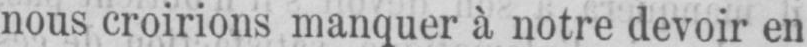
nous croirions manquer à notre devoir en